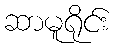
ဆာမူရိုင်း